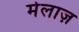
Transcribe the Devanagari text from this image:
मेलाज़